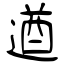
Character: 遒